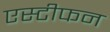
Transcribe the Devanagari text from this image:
एस्टीफन